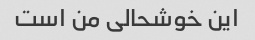
این خوشحالی من است